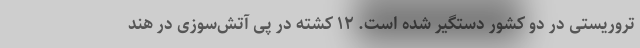
تروریستی در دو کشور دستگیر شده است. ۱۲ کشته در پی آتش‌سوزی در هند